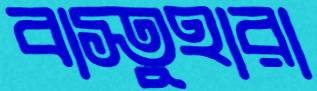
বাস্তুহারা